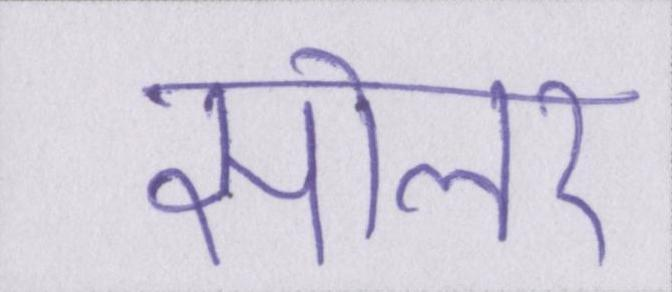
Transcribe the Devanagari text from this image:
सोलर